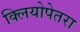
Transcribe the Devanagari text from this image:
क्लियोपेतरा